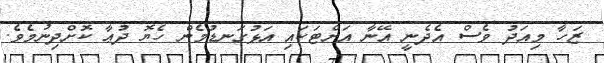
ޒަހާ މިއަދު ވެސް އެދެނީ އޭނާ އަށްޓަކައި އަޅުގަނޑުމެން ހެޔޮ ދުޢާ ކޮށްދިނުމެވެ.